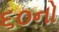
૬૦નો